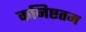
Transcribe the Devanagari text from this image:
कनिष्टतम